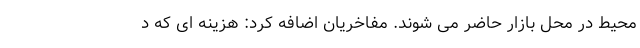
محیط در محل بازار حاضر می شوند. مفاخریان اضافه کرد: هزینه ای که د